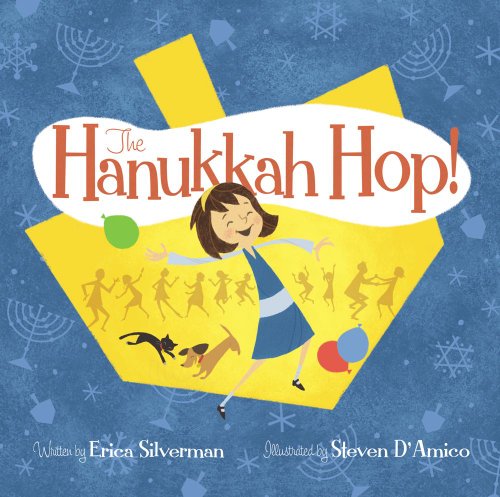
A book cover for The Hanukkah Hop!; Erica Silverman; Children's Books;